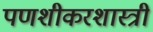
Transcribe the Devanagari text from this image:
पणशीकरशास्त्री